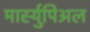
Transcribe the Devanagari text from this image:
मार्स्युपिअल